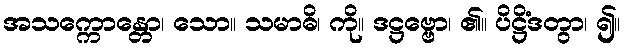
အသက္ကောန္တော၊ သော။ သမာဓိ၊ ကို။ ဒဋ္ဌဗ္ဗော၊ ၏။ ပိဋ္ဌိံဒတွာ၊ ၍။